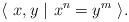
\begin{align*}\langle \ x, y \ \vert\ x^n=y^m\ \rangle.\end{align*}